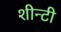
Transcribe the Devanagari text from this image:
शीन्टी